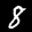
Label: 8